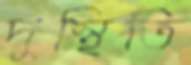
দুস্থিতি